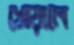
খোয়ালে